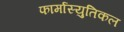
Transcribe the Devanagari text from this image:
फार्मास्युतिकल